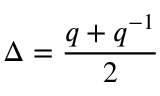
\Delta = \frac { q + q ^ { - 1 } } { 2 }